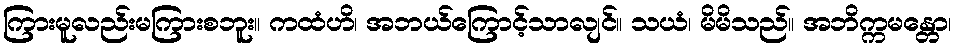
ကြားမူလည်းမကြားစဘူး။ ကထံဟိ၊ အဘယ်ကြောင့်သာလျင်။ သယံ၊ မိမိသည်။ အဘိက္ကမန္တော၊